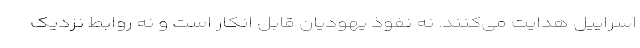
اسراییل هدایت می‌کنند. نه نفوذ یهودیان قابل انکار است و نه روابط نزدیک